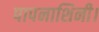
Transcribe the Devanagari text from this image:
पापनाशिनी।